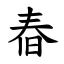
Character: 㫪